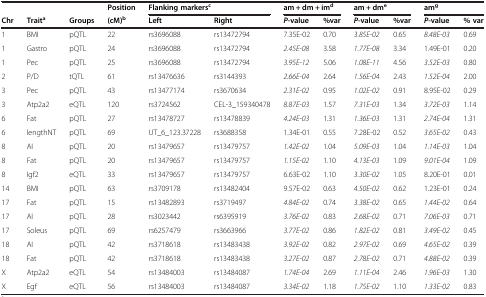
<table><thead><tr><td><b> </b></td><td><b> </b></td><td><b> </b></td><td><b>Position</b></td><td colspan="2"><b>Flanking markers<sup>c</sup></b></td><td colspan="2"><b>am + dm + im<sup>d</sup></b></td><td colspan="2"><b>am + dm<sup>e</sup></b></td><td colspan="2"><b>am<sup>g</sup></b></td></tr><tr><td><b>Chr</b></td><td><b>Trait<sup>a</sup></b></td><td><b>Groups</b></td><td><b>(cM)<sup>b</sup></b></td><td><b>Left</b></td><td><b>Right</b></td><td><b><i>P</i>-value</b></td><td><b>%var</b></td><td><b><i>P</i>-value</b></td><td><b>%var</b></td><td><b><i>P</i>-value</b></td><td><b>% var</b></td></tr></thead><tbody><tr><td>1</td><td>BMI</td><td>pQTL</td><td>22</td><td>rs3696088</td><td>rs13472794</td><td>7.35E-02</td><td>0.70</td><td><i>3.85E-02</i></td><td>0.65</td><td><i>8.48E-03</i></td><td>0.69</td></tr><tr><td>1</td><td>Gastro</td><td>pQTL</td><td>24</td><td>rs3696088</td><td>rs13472794</td><td><i>2.45E-08</i></td><td>3.58</td><td><i>1.77E-08</i></td><td>3.34</td><td>1.49E-01</td><td>0.20</td></tr><tr><td>1</td><td>Pec</td><td>pQTL</td><td>25</td><td>rs3696088</td><td>rs13472794</td><td><i>3.95E-12</i></td><td>5.06</td><td><i>1.08E-11</i></td><td>4.56</td><td><i>3.52E-03</i></td><td>0.80</td></tr><tr><td>2</td><td>P/D</td><td>tQTL</td><td>61</td><td>rs13476636</td><td>rs3144393</td><td><i>2.66E-04</i></td><td>2.64</td><td><i>1.56E-04</i></td><td>2.43</td><td><i>1.52E-04</i></td><td>2.00</td></tr><tr><td>3</td><td>Pec</td><td>pQTL</td><td>43</td><td>rs13477174</td><td>rs3670634</td><td><i>2.31E-02</i></td><td>0.95</td><td><i>1.02E-02</i></td><td>0.91</td><td>8.95E-02</td><td>0.29</td></tr><tr><td>3</td><td>Atp2a2</td><td>eQTL</td><td>120</td><td>rs3724562</td><td>CEL-3_159340478</td><td><i>8.87E-03</i></td><td>1.57</td><td><i>7.31E-03</i></td><td>1.34</td><td><i>3.72E-03</i></td><td>1.14</td></tr><tr><td>6</td><td>Fat</td><td>pQTL</td><td>27</td><td>rs13478727</td><td>rs13478839</td><td><i>4.24E-03</i></td><td>1.31</td><td><i>1.36E-03</i></td><td>1.31</td><td><i>2.74E-04</i></td><td>1.31</td></tr><tr><td>6</td><td>lengthNT</td><td>pQTL</td><td>69</td><td>UT_6_123.37228</td><td>rs3688358</td><td>1.34E-01</td><td>0.55</td><td>7.28E-02</td><td>0.52</td><td><i>3.65E-02</i></td><td>0.43</td></tr><tr><td>8</td><td>AI</td><td>pQTL</td><td>20</td><td>rs13479657</td><td>rs13479757</td><td><i>1.42E-02</i></td><td>1.04</td><td><i>5.09E-03</i></td><td>1.04</td><td><i>1.14E-03</i></td><td>1.04</td></tr><tr><td>8</td><td>Fat</td><td>pQTL</td><td>20</td><td>rs13479657</td><td>rs13479757</td><td><i>1.15E-02</i></td><td>1.10</td><td><i>4.13E-03</i></td><td>1.09</td><td><i>9.01E-04</i></td><td>1.09</td></tr><tr><td>8</td><td>Igf2</td><td>eQTL</td><td>33</td><td>rs13479657</td><td>rs13479757</td><td>6.63E-02</td><td>1.10</td><td><i>3.30E-02</i></td><td>1.05</td><td>8.20E-01</td><td>0.01</td></tr><tr><td>14</td><td>BMI</td><td>pQTL</td><td>63</td><td>rs3709178</td><td>rs13482404</td><td>9.57E-02</td><td>0.63</td><td><i>4.50E-02</i></td><td>0.62</td><td>1.23E-01</td><td>0.24</td></tr><tr><td>17</td><td>Fat</td><td>pQTL</td><td>15</td><td>rs13482893</td><td>rs3719497</td><td><i>4.84E-02</i></td><td>0.74</td><td><i>3.38E-02</i></td><td>0.65</td><td><i>1.44E-02</i></td><td>0.64</td></tr><tr><td>17</td><td>AI</td><td>pQTL</td><td>28</td><td>rs3023442</td><td>rs6395919</td><td><i>3.76E-02</i></td><td>0.83</td><td><i>2.68E-02</i></td><td>0.71</td><td><i>7.06E-03</i></td><td>0.71</td></tr><tr><td>17</td><td>Soleus</td><td>pQTL</td><td>69</td><td>rs6257479</td><td>rs3663966</td><td><i>3.77E-02</i></td><td>0.86</td><td><i>1.82E-02</i></td><td>0.81</td><td><i>3.49E-02</i></td><td>0.45</td></tr><tr><td>18</td><td>AI</td><td>pQTL</td><td>42</td><td>rs3718618</td><td>rs13483438</td><td><i>3.92E-02</i></td><td>0.82</td><td><i>2.97E-02</i></td><td>0.69</td><td><i>4.65E-02</i></td><td>0.39</td></tr><tr><td>18</td><td>Fat</td><td>pQTL</td><td>42</td><td>rs3718618</td><td>rs13483438</td><td><i>3.27E-02</i></td><td>0.87</td><td><i>2.78E-02</i></td><td>0.71</td><td><i>4.88E-02</i></td><td>0.39</td></tr><tr><td>X</td><td>Atp2a2</td><td>eQTL</td><td>54</td><td>rs13484003</td><td>rs13484087</td><td><i>1.74E-04</i></td><td>2.69</td><td><i>1.11E-04</i></td><td>2.46</td><td><i>1.96E-03</i></td><td>1.30</td></tr><tr><td>X</td><td>Egf</td><td>eQTL</td><td>56</td><td>rs13484003</td><td>rs13484087</td><td><i>3.34E-02</i></td><td>1.18</td><td><i>1.75E-02</i></td><td>1.10</td><td><i>1.33E-02</i></td><td>0.83</td></tr></tbody></table>